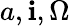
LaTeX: a,\mathbf{i},\Omega